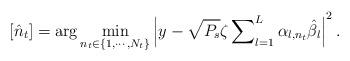
LaTeX: \begin{align*}[{\hat n_t}]=\arg\min\limits_{n_t\in\{1,\cdots,N_t\}}\left|y-\sqrt{P_s}\zeta\sum\nolimits_{l=1}^L\alpha_{l,{n_t}}\hat\beta_l\right|^2.\end{align*}